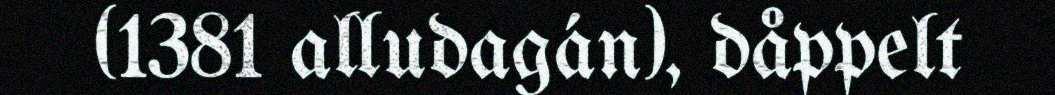
(1381 alludagán), dåppelt